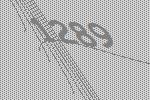
1289